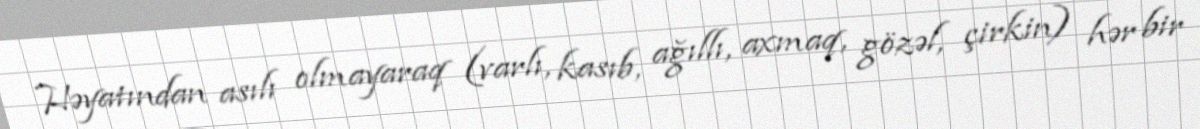
Həyatından asılı olmayaraq (varlı, kasıb, ağıllı, axmaq, gözəl, çirkin) hər bir